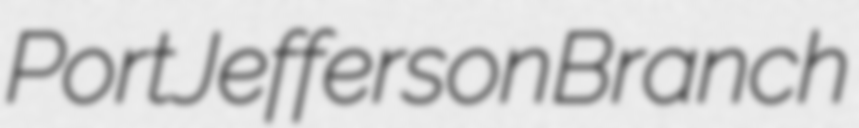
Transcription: Port Jefferson Branch